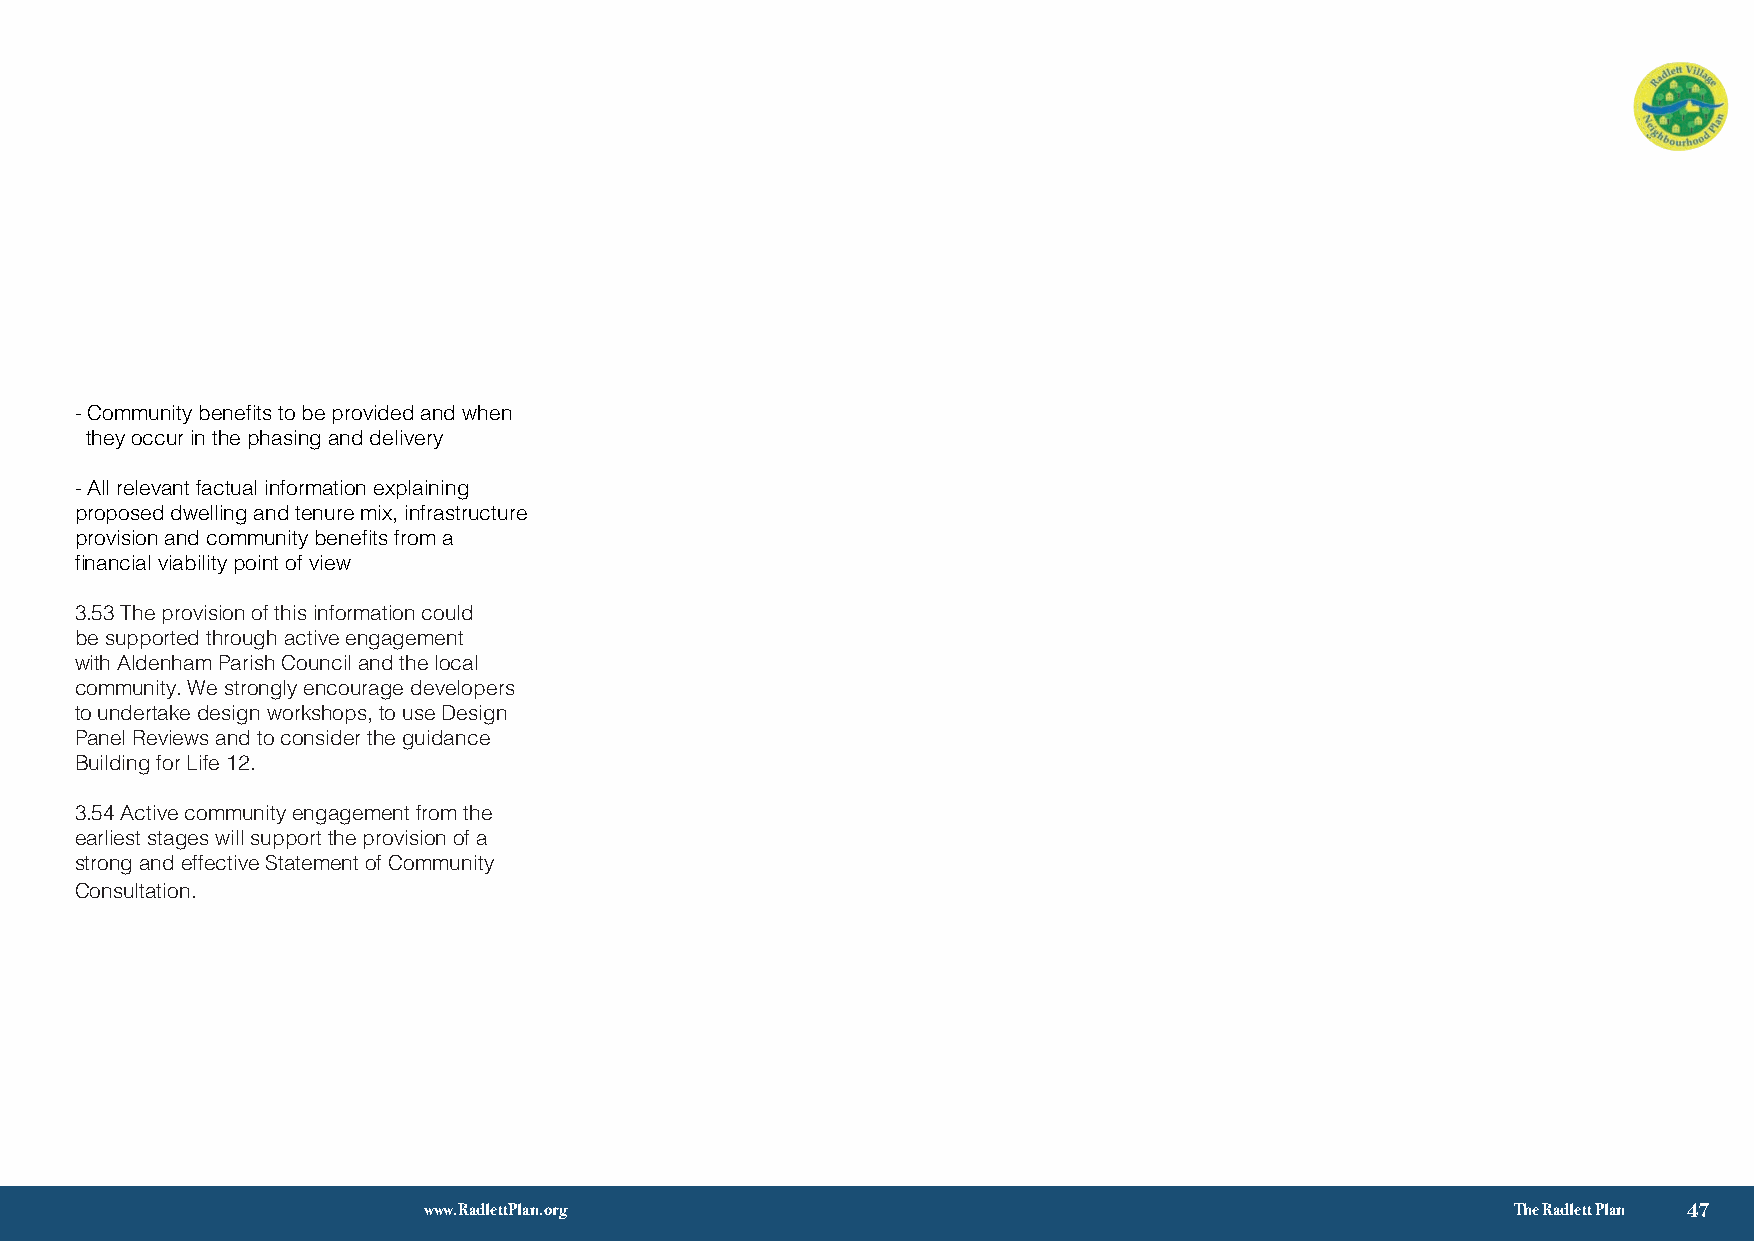
- Community benefits to be provided and when
 they occur in the phasing and delivery
 - All relevant factual information explaining
 proposed dwelling and tenure mix, infrastructure
 provision and community benefits from a
 financial viability point of view
 3.53 The provision of this information could
 be supported through active engagement
 with Aldenham Parish Council and the local
 community. We strongly encourage developers
 to undertake design workshops, to use Design
 Panel Reviews and to consider the guidance
 Building for Life 12.
 3.54 Active community engagement from the
 earliest stages will support the provision of a
 strong and effective Statement of Community
 Consultation.
 √ 3
 www.RadlettPlan.org                                                     The Radlett Plan 47
 seiciloP
 ngiseD
 &
 gnisuoH
 2.3